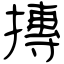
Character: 摶